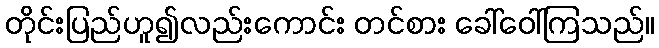
တိုင်းပြည်ဟူ၍လည်းကောင်း တင်စား ခေါ်ဝေါ်ကြသည်။